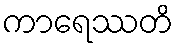
ကာရေဿတိ